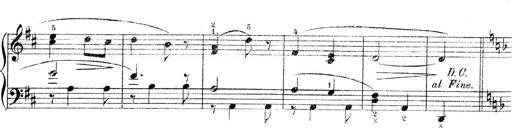
Title: 3 Piano Sonatinas
Composer: Paul Zilcher
Key: C major; G major; F major